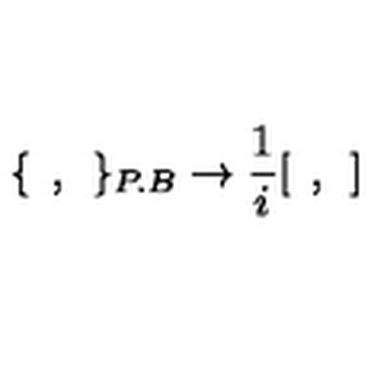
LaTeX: \{ \: \: , \: \: \} _ { P . B } \rightarrow \frac { 1 } { i } [ \: \: , \: \: ]